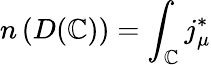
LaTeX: n\left(D(\mathbb{C})\right)=\int_{\mathbb{C}}j_{\mu}^{*}